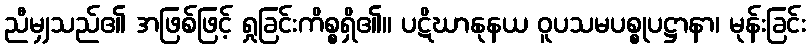
ညီမျှသည်၏ အဖြစ်ဖြင့် ရှုခြင်းကိစ္စရှိ၏။ ပဋိဃာနုနယ ဝူပသမပစ္စုပဋ္ဌာနာ၊ မုန်းခြင်း